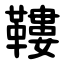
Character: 鞻